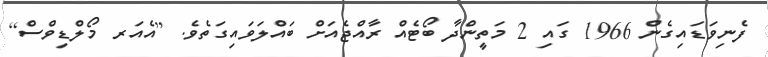
ފެނިވަޑައިގެން 1966 ގައި 2 މަތީންދާ ބޯޓެއް ރާއްޖެއަށް ބައްލަވައިގަތެވެ. [އެއަރ މޯލްޑިވްސް]